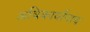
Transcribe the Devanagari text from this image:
अधिकार्यांनाच